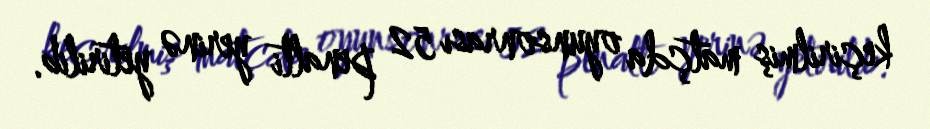
keçirilmiş matçda oyunsonrası 52 penalti yerinə yetirilib.